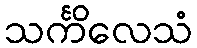
သင်္ကိလေသံ